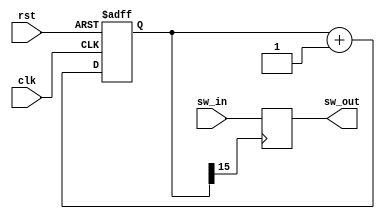
module m_chattering(input clk,input sw_in,input rst,output sw_out);
	reg [15:0] cnt;	//16bit counter
	reg swreg;			//Switch Latch
	wire iclk;			//1/65536 clock
	
	assign sw_out=swreg;
	
	//16bit Counter
	always @(posedge clk or posedge rst) begin
		if(rst)
			cnt=16'h0;
		else
			cnt=cnt+1;
	end
	assign iclk=cnt[15];	//clock for chattering inhibit
	
	//switch latch 
	always @(posedge iclk) begin
		swreg=sw_in;
	end

endmodule

module m_dec_counter(input clk,input rst,output [3:0] q);
	reg [3:0] counter;
	
	always @(posedge clk or posedge rst) begin

		if(rst)
			counter=0;
		else if(counter==4'h9)
			counter=0;
		else

			counter=counter+1;
	end
	
	assign q=counter;
endmodule